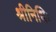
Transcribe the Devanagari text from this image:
श्रीनिधिः